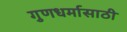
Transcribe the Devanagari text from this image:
गुणधर्मासाठी